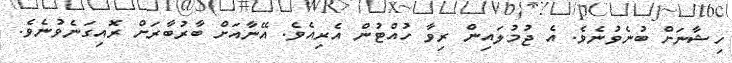
ހިޝާނަށް ބުނެވުނެވެ. އެ ޖުމުލައިން ރިވާ ހުއްޓުން އެރިއެވެ. އޭނާއަށް ބާރުބާރަށް ރޮއިގަނެވުނެވެ.